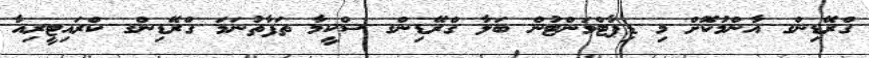
ގްރޭޑިންގ އާންމުކޮށް މި ޑިޕާޓްމަންޓުން ބަލާ ގްރޭޑިންގ ސްކީމާ ތަފާތުނަމަ ގްރޭޑިންގ ކްރައިޓީރިއާ